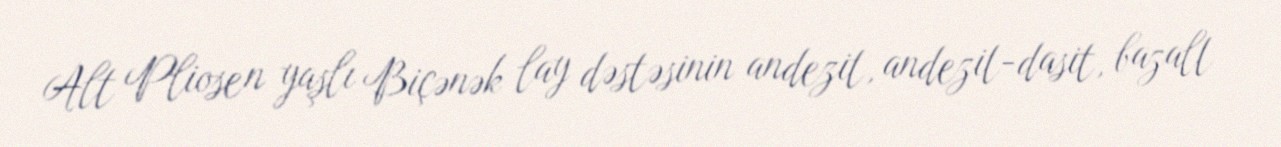
Alt Pliosen yaşlı Biçənək lay dəstəsinin andezit, andezit-dasit, bazalt